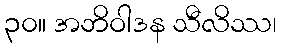
၃၀။ အဘိဝါဒန သီလိဿ၊